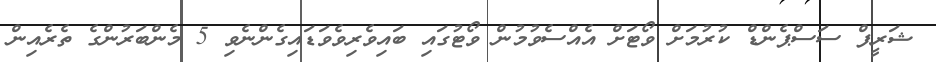
ޝަރީފް ސަސްޕެންޑް ކުރުމަށް ވޯޓަށް އެއްސެވުމުން ވޯޓުގައި ބައިވެރިވެވަޑައިގެންނެވި 5 މެންބަރުންގެ ތެރެއިން